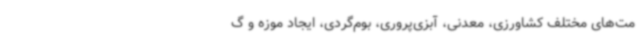
مت‌های مختلف کشاورزی، معدنی، آبزی‌پروری، بوم‌گردی، ایجاد موزه و گ